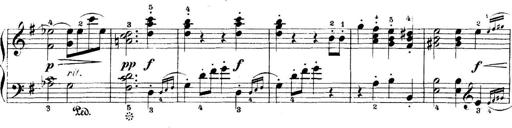
Title: 5 Sonatinas
Composer: Theodor Kirchner